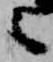
之